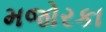
મજોરકા